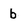
Character: b